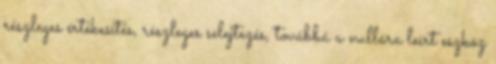
részleges értékesítés, részleges selejtezés, továbbá a nullára leírt eszköz